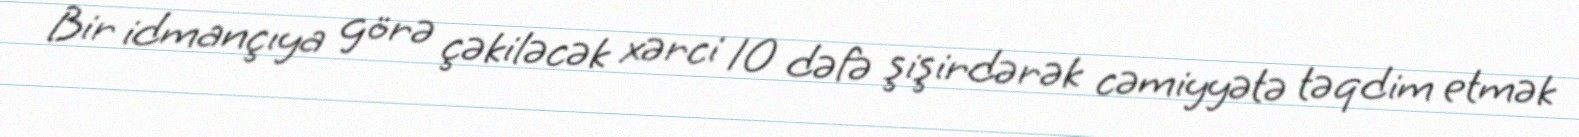
Bir idmançıya görə çəkiləcək xərci 10 dəfə şişirdərək cəmiyyətə təqdim etmək